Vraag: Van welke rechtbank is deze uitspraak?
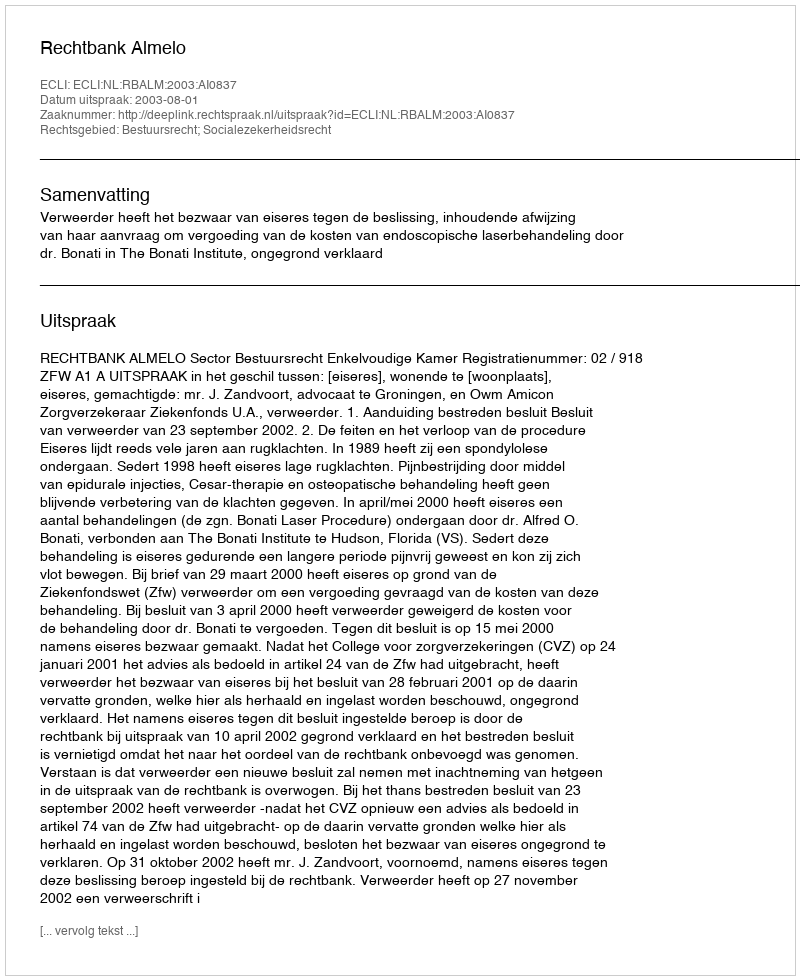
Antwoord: Rechtbank Almelo